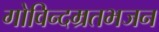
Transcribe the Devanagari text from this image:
गोविन्दम्रतभजन